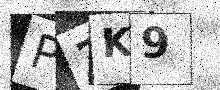
Text: P3K9